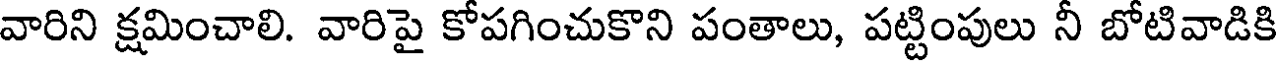
వారిని క్షమించాలి. వారిపై కోపగించుకొని పంతాలు, పట్టింపులు నీ బోటివాడికి